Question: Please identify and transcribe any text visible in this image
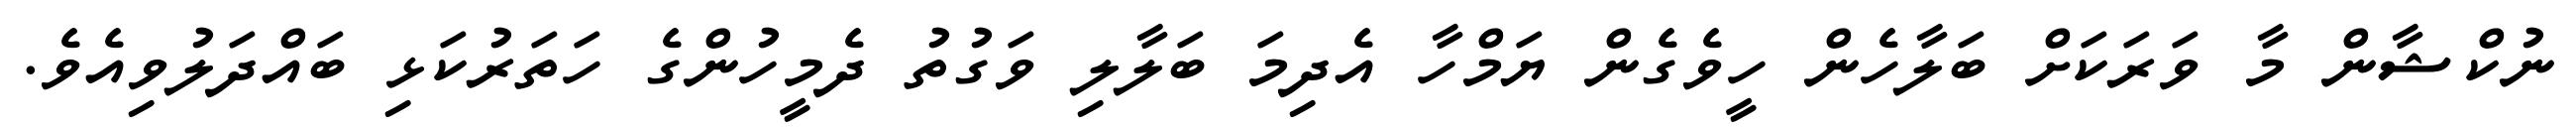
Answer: ނުކްޝާން މާ ވަރަކަށް ބަލާހެން ހީވެގެން ޔަމްހާ އެދިމަ ބަލާލި ވަގުތު ދެމީހުންގެ ހަތަރުކަޅި ބައްދަލުވިއެވެ.